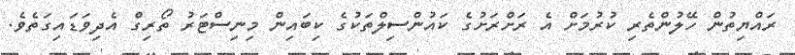
ރައްޔިތުން ހޭލުންތެރި ކުރުމަށް އެ ރަށްރަށުގެ ކައުންސިލްތަކުގެ ކިބައިން މިނިސްޓަރު ތޯރިގް އެދިވަޑައިގަތެވެ.